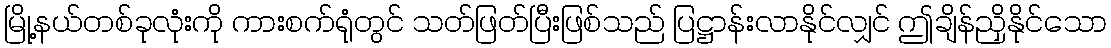
မြို့နယ်တစ်ခုလုံးကို ကားစက်ရုံတွင် သတ်ဖြတ်ပြီးဖြစ်သည် ပြဋ္ဌာန်းလာနိုင်လျှင် ဤချိန်ညှိနိုင်သော